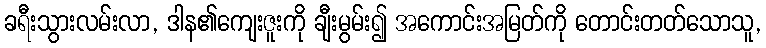
ခရီးသွားလမ်းလာ, ဒါန၏ကျေးဇူးကို ချီးမွမ်း၍ အကောင်းအမြတ်ကို တောင်းတတ်သောသူ,